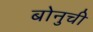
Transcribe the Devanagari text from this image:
बोनुची